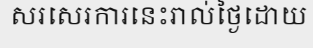
សរសេរការនេះរាល់ថ្ងៃដោយ